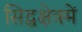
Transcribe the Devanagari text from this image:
सिद्धक्षेत्रमें